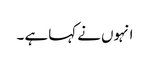
انہوں نے کہا ہے ۔